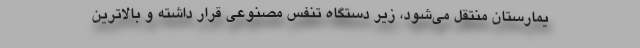
یمارستان منتقل می‌شود، زیر دستگاه تنفس مصنوعی قرار داشته و بالاترین